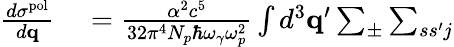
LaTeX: \begin{array}{rl}{\frac{d\sigma^{\mathrm{pol}}}{d{\mathbf q}}}&{{}=\frac{\alpha^{2}c^{5}}{32\pi^{4}N_{p}\hbar\omega_{\gamma}\omega_{p}^{2}}\int d^{3}{\mathbf q}^{\prime}\sum_{\pm}\sum_{ss^{\prime}j}}\end{array}